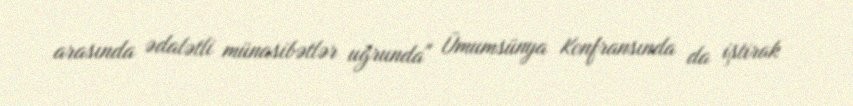
arasında ədalətli münasibətlər uğrunda" Ümumsünya Konfransında da iştirak